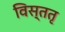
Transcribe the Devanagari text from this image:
विस्ततृ